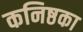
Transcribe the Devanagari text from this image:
कनिष्ठका